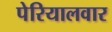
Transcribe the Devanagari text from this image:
पेरियालवार